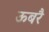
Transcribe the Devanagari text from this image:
ऊबरै